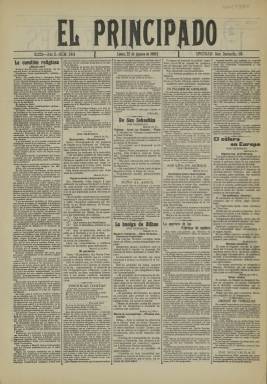
Título: El Principado (Gijón)
Colección: Periódicos
Ámbito geográfico: Asturias
Lugar de publicación: Gijón [Asturias]
Fechas: 22/08/1910-22/08/1910